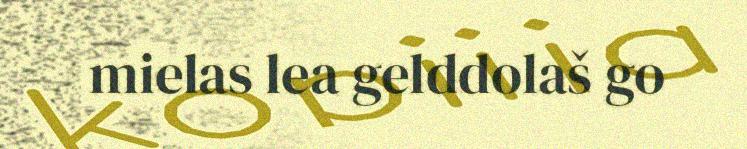
mielas lea gelddolaš go